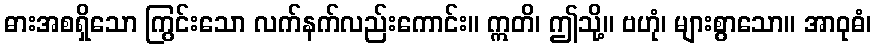
ဓားအစရှိသော ကြွင်းသော လက်နက်လည်းကောင်း။ ဣတိ၊ ဤသို့။ ဗဟုံ၊ များစွာသော။ အာဝုဓံ၊